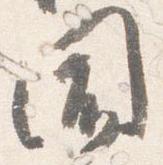
聞